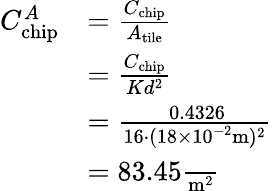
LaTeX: \begin{array}{rl}{C_{\mathrm{chip}}^{A}}&{=\frac{C_{\mathrm{chip}}}{A_{\mathrm{tile}}}}\\ &{=\frac{C_{\mathrm{chip}}}{Kd^{2}}}\\ &{=\frac{\ 0.4326}{16\cdot(18\times 10^{-2}\mathrm{m})^{2}}}\\ &{=83.45\frac{\ }{\mathrm{m}^{2}}}\end{array}